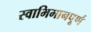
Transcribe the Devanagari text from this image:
स्वाभिमानपूर्ण